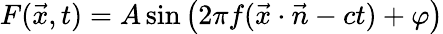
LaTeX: F({\vec{x}},t)=A\sin\left(2\pi f({\vec{x}}\cdot{\vec{n}}-ct)+\varphi\right)